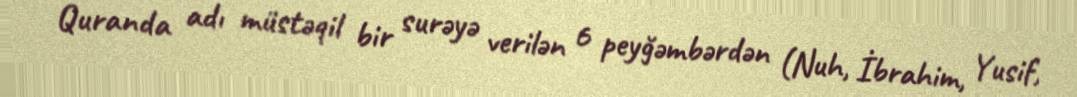
Quranda adı müstəqil bir surəyə verilən 6 peyğəmbərdən (Nuh, İbrahim, Yusif,